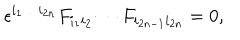
LaTeX: \epsilon ^ { i _ { 1 } \ldots i _ { 2 n } } F _ { i _ { 1 } i _ { 2 } } \cdots F _ { i _ { 2 n - 1 } i _ { 2 n } } = 0 ,